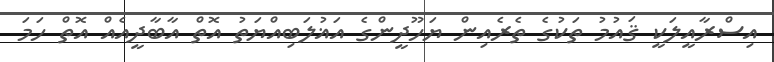
އިސްރާއީލަކީ ޤައުމު ތަކުގެ ތެރެއިން ޔަހޫދީންގެ އަޣުލަބިއްޔަތު އޮތް އާބާދީއެއް އޮތް ހަމަ